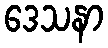
ဒေသနာ